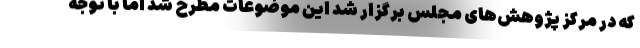
که در مرکز پژوهش‌های مجلس برگزار شد این موضوعات مطرح شد اما با توجه